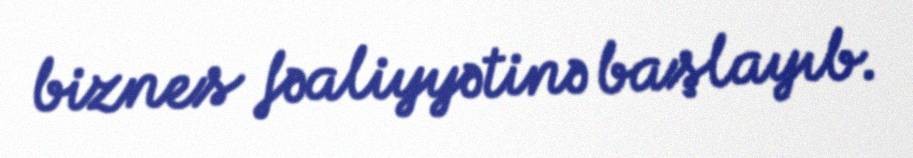
biznes fəaliyyətinə başlayıb.